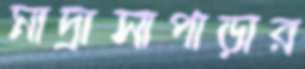
মাদ্রাসাপাড়ার